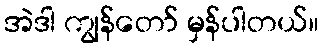
အဲဒါ ကျွန်တော် မှန်ပါတယ်။